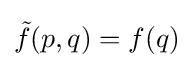
{\tilde {f}}(p,q)=f(q)